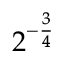
2 ^ { - { \frac { 3 } { 4 } } }